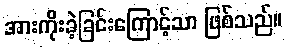
အားကိုးခဲ့ခြင်းကြောင့်သာ ဖြစ်သည်။